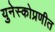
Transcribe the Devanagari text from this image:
युनेस्कोप्रणीत